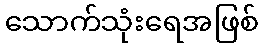
သောက်သုံးရေအဖြစ်